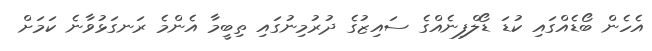
އެހެން ބޯޑެއްގައި ކުޑަ ޑޯލްފިނެއްގެ ސައިޒުގެ ދުރުމިނުގައި ތިބީމާ އެންމެ ރަނގަޅުވާނެ ކަމަށް